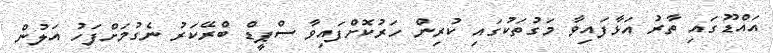
އައްޑޫގައި ތާރު އަޅާފައިވާ މަގުތަކުގަައި ކުރިން ހަރުކޮށްފައިވާ ސްޕީޑް ބްރޭކަރު ނެގުމަށްފަހު އަލުން